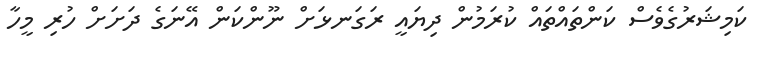
ކަމިޝަރުގެވެސް ކަންތައްތައް ކުރަމުން ދިޔައީ ރަގަނޅަށް ނޫންކަން އޭނަގެ ދަށަށް ހުރި މީހާ